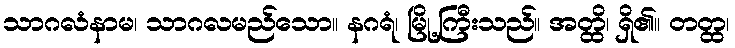
သာဂလံနာမ၊ သာဂလမည်သော။ နဂရံ၊ မြို့ကြီးသည်။ အတ္ထိ၊ ရှိ၏။ တတ္ထ၊